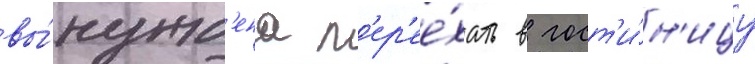
вы́нужд'ена п'ер'ее́хать в гост'и́н'ицу